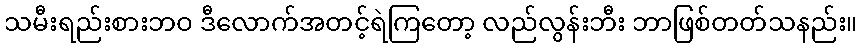
သမီးရည်းစားဘဝ ဒီလောက်အတင့်ရဲကြတော့ လည်လွန်းဘီး ဘာဖြစ်တတ်သနည်း။